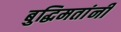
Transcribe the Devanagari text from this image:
बुद्धिमतांनी